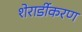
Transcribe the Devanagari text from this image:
शेरार्डीकरण